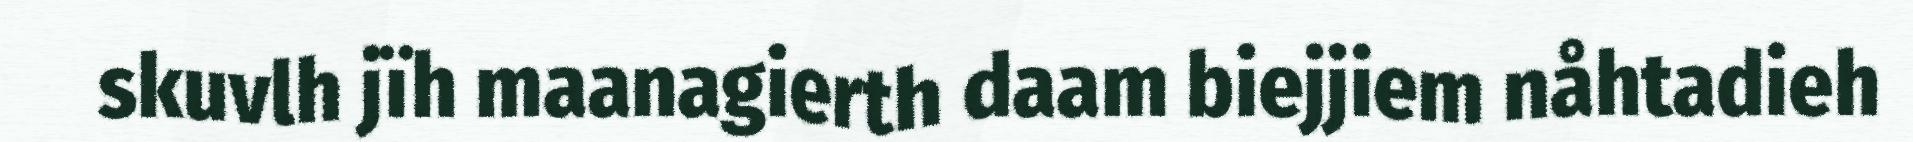
skuvlh jïh maanagierth daam biejjiem nåhtadieh